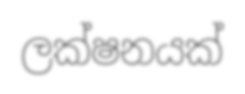
ලක්ෂනයක්